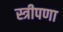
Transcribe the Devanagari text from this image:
स्त्रीपणा